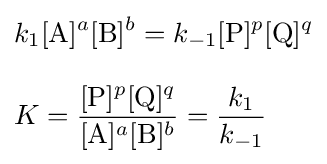
{\begin{aligned}&k_{1}[{\ce {A}}]^{a}[{\ce {B}}]^{b}=k_{-1}[{\ce {P}}]^{p}[{\ce {Q}}]^{q}\\[8pt]&K={\frac {[{\ce {P}}]^{p}[{\ce {Q}}]^{q}}{[{\ce {A}}]^{a}[{\ce {B}}]^{b}}}={\frac {k_{1}}{k_{-1}}}\end{aligned}}